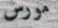
مورس